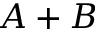
A + B